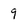
Character: 9